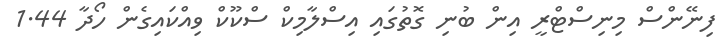
ފިނޭންސް މިނިސްޓްރީ އިން ބުނި ގޮތުގައި އިސްލާމިކް ސްކޫކް ވިއްކައިގެން ހޯދާ 1.44